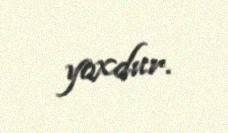
yoxdur.